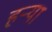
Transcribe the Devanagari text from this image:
हर्‍या